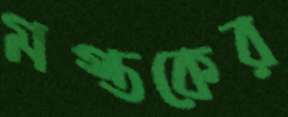
মস্তকের